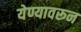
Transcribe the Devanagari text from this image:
येण्यावरून